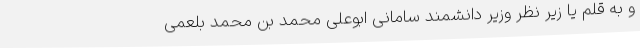
و به قلم یا زیر نظر وزیر دانشمند سامانی ابوعلی محمد بن محمد بلعمی